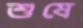
শুষে